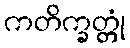
ကတိက္ခတ္တုံ